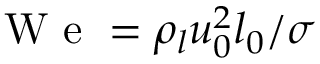
{ \mathrm { ~ W ~ e ~ } } = \rho _ { l } u _ { 0 } ^ { 2 } l _ { 0 } / \sigma